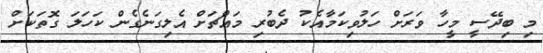
މި ބިދޭސީ މީހާ ވަރަށް ހަލުވިކަމާއެކު ދެބުރި މައްޗަށް އެލިގަނެގެން ކަހަލަ ގޮތަކަށް